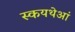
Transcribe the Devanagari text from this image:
स्कयथेआं